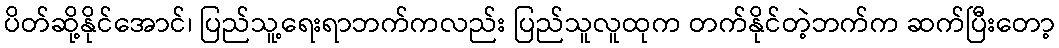
ပိတ်ဆို့နိုင်အောင်၊ ပြည်သူ့ရေးရာဘက်ကလည်း ပြည်သူလူထုက တက်နိုင်တဲ့ဘက်က ဆက်ပြီးတော့